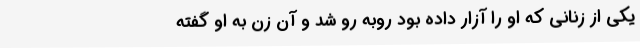
یکی از زنانی که او را آزار داده بود روبه رو شد و آن زن به او گفته